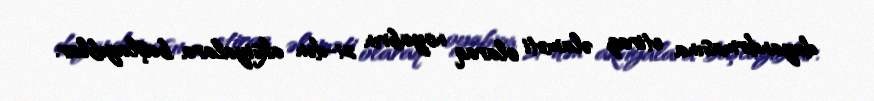
dayandırmasına etiraz əlaməti olaraq noyabrın 21-dən aksiyalara başlayıblar.